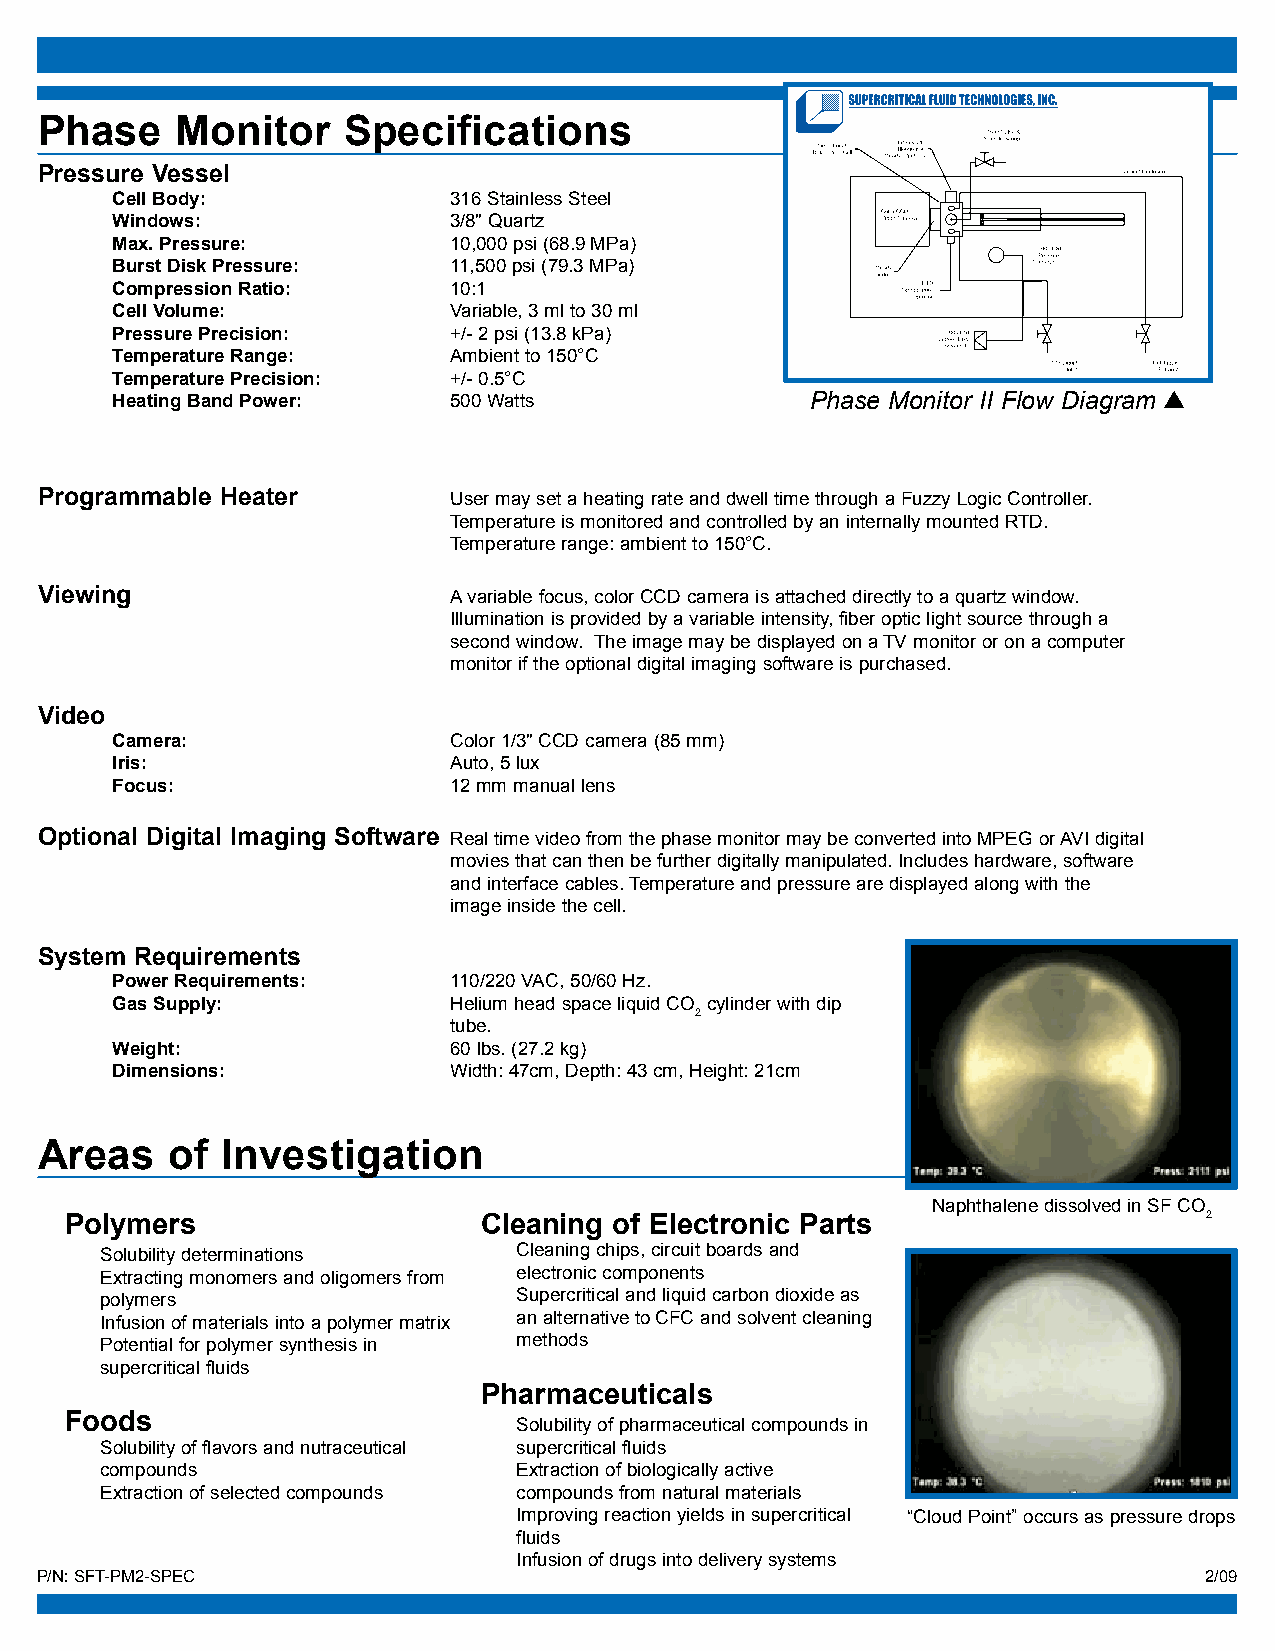
Phase     Monitor    Specifications
 Pressure Vessel
 Cell Body:             316 Stainless Steel
 Windows:               3/8" Quartz
 Max. Pressure:         10,000 psi (68.9 MPa)
 Burst Disk Pressure:   11,500 psi (79.3 MPa)
 Compression Ratio:     10:1
 Cell Volume:           Variable, 3 ml to 30 ml
 Pressure Precision:    +/- 2 psi (13.8 kPa)
 Temperature Range:     Ambient to 150°C
 Temperature Precision: +/- 0.5°C
 Heating Band Power:    500 Watts               Phase Monitor II Flow Diagram
 Programmable Heater         User may set a heating rate and dwell time through a Fuzzy Logic Controller.
 Temperature is monitored and controlled by an internally mounted RTD.
 Temperature range: ambient to 150°C.
 Viewing                     A variable focus, color CCD camera is attached directly to a quartz window.
 Illumination is provided by a variable intensity, fiber optic light source through a
 second window. The image may be displayed on a TV monitor or on a computer
 monitor if the optional digital imaging software is purchased.
 Video
 Camera:                Color 1/3" CCD camera (85 mm)
 Iris:                  Auto, 5 lux
 Focus:                 12 mm manual lens
 Optional Digital Imaging Software Real time video from the phase monitor may be converted into MPEG or AVI digital
 movies that can then be further digitally manipulated. Includes hardware, software
 and interface cables. Temperature and pressure are displayed along with the
 image inside the cell.
 System Requirements
 Power Requirements:    110/220 VAC, 50/60 Hz.
 Gas Supply:            Helium head space liquid CO cylinder with dip
 2
 tube.
 Weight:                60 lbs. (27.2 kg)
 Dimensions:            Width: 47cm, Depth: 43 cm, Height: 21cm
 Areas    of  Investigation
 Naphthalene dissolved in SF CO
 Polymers                    Cleaning of Electronic Parts                    2
 Solubility determinations  Cleaning chips, circuit boards and
 Extracting monomers and oligomers from electronic components
 polymers                   Supercritical and liquid carbon dioxide as
 Infusion of materials into a polymer matrix an alternative to CFC and solvent cleaning
 Potential for polymer synthesis in methods
 supercritical fluids
 Pharmaceuticals
 Foods
 Solubility of pharmaceutical compounds in
 Solubility of flavors and nutraceutical supercritical fluids
 compounds                  Extraction of biologically active
 Extraction of selected compounds compounds from natural materials
 Improving reaction yields in supercritical “Cloud Point” occurs as pressure drops
 fluids
 Infusion of drugs into delivery systems
 P/N: SFT-PM2-SPEC                                                             2/09